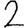
Digit: 2